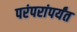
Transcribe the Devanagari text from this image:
परंपरांपर्यंत